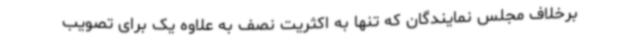
برخلاف مجلس نمایندگان که تنها به اکثریت نصف به علاوه یک برای تصویب